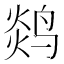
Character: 𬸖